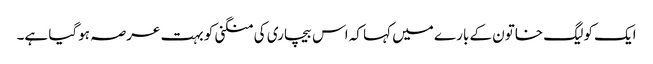
ایک کولیگ خاتون کے بارے میں کہا کہ اس بیچاری کی منگنی کو بہت عرصہ ہوگیا ہے۔